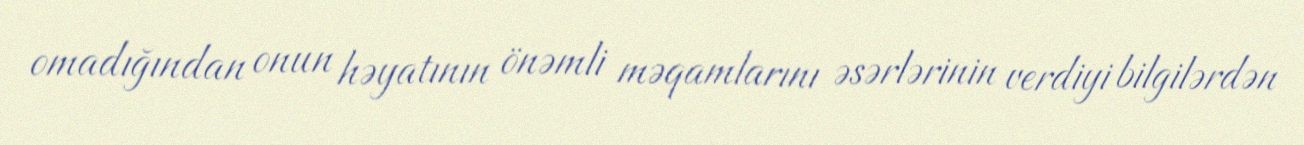
omadığından onun həyatının önəmli məqamlarını əsərlərinin verdiyi bilgilərdən